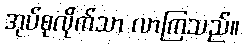
အုပ်စုလိုက်သာ လာကြသည်။